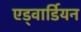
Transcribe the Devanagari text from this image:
एड्वार्डियन